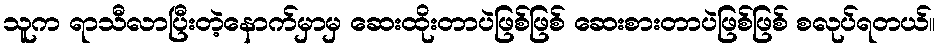
သူက ရာသီလာပြီးတဲ့နောက်မှာမှ ဆေးထိုးတာပဲဖြစ်ဖြစ် ဆေးစားတာပဲဖြစ်ဖြစ် စလုပ်ရတယ်။